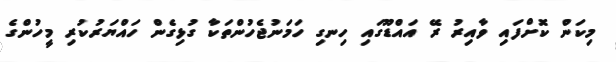
މިކަން ކޮށްފައި ވާއިރު ރޭ އައްޑޫގައި ހިނގި ހަމަނުޖެހުންތަކާ ގުޅިގެން ހައްޔަރުކުރި މީހުންގެ